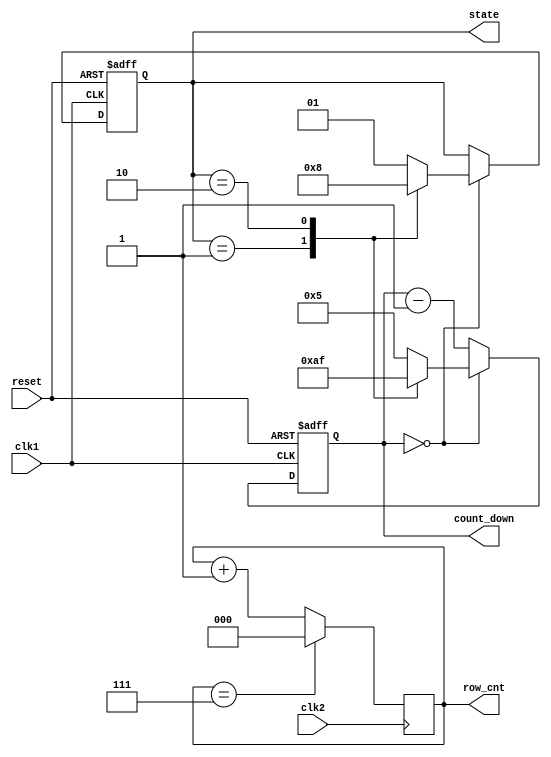
module Counter( clk1, clk2, reset, state, row_cnt, count_down );

input  clk1, clk2, reset;
output reg [1:0] state;
output reg [2:0] row_cnt;
output reg [3:0] count_down;
	
// count down 15~0
always@( posedge clk1 or negedge reset )  begin
	if( !reset ) begin
		state <= 2'd0;
		count_down <= 4'd15;
	end
	else begin
		if( count_down == 4'd0 ) begin
			case( state )
				2'd0 : begin
					      state   <=  2'd1;
						   count_down <=  4'd5;
						 end
				2'd1 : begin
						   state   <=  2'd2;
						   count_down <=  4'd10;
						 end
				2'd2 : begin
						   state   <=  2'd0;
						   count_down <=  4'd15;
						 end
				default : begin
					      state   <=  2'd1;
						   count_down <=  4'd5;
						 end
			endcase
		end
		else
			count_down <= count_down - 4'd1;
	end
end

// dot matrix row iterating
always@( posedge clk2 )  begin
	if( row_cnt == 3'd7 )
		row_cnt <= 3'd0;
	else row_cnt <= row_cnt + 3'd1;
end
endmodule